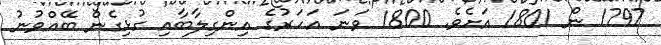
1797 ން 1801 އަށެވެ. 1800 ވަނަ އަހަރުގެ އިންގިލާބާއި ގުޅިގެން ބޭއްވުނު